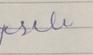
Signature authenticity: forged